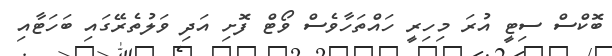
ބޮކްސް ސިޓީ އުރަ މިހިރީ ހައްތަހާވެސް ވޯޓް ފޮށި އަދި ވަލުތެރޭގައި ބަހަޓާއި